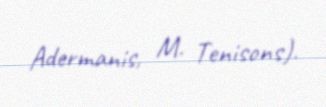
Adermanis, M. Tenisons).